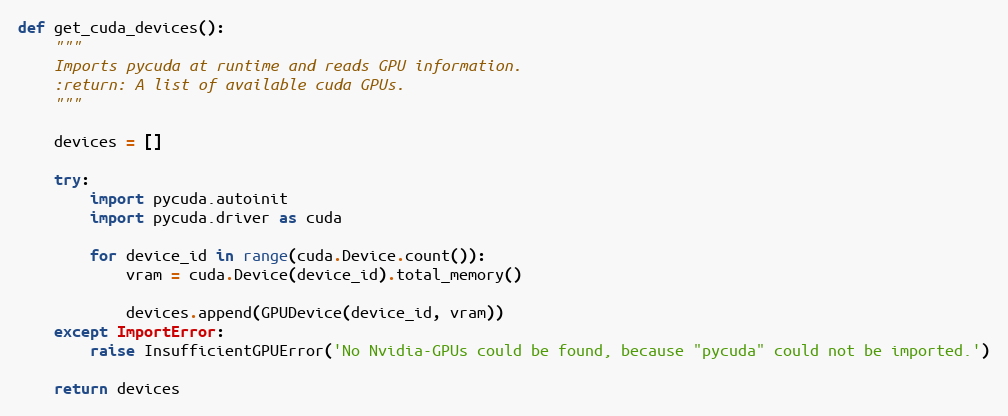
Language: Python
def get_cuda_devices():
    """
    Imports pycuda at runtime and reads GPU information.
    :return: A list of available cuda GPUs.
    """

    devices = []

    try:
        import pycuda.autoinit
        import pycuda.driver as cuda

        for device_id in range(cuda.Device.count()):
            vram = cuda.Device(device_id).total_memory()

            devices.append(GPUDevice(device_id, vram))
    except ImportError:
        raise InsufficientGPUError('No Nvidia-GPUs could be found, because "pycuda" could not be imported.')

    return devices